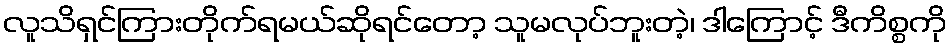
လူသိရှင်ကြားတိုက်ရမယ်ဆိုရင်တော့ သူမလုပ်ဘူးတဲ့၊ ဒါကြောင့် ဒီကိစ္စကို